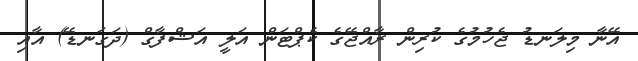
އޭނާ މިލަނޑު ޖެހުމުގެ ކުރިން ރާއްޖޭގެ ކެޕްޓަން އަލީ އަޝްފާގް (ދަގަނޑޭ) އާއި